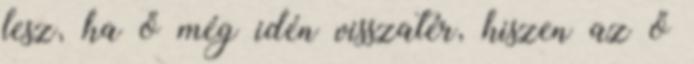
lesz, ha ő még idén visszatér, hiszen az ő